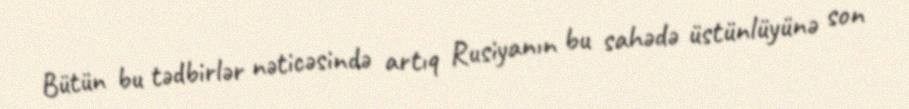
Bütün bu tədbirlər nəticəsində artıq Rusiyanın bu sahədə üstünlüyünə son